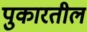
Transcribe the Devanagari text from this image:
पुकारतील